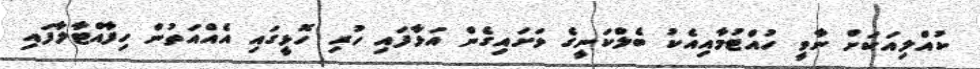
ކުއްލިއަކަށް ނާވީ ހުއްޓުމާއިއެކު ބެލްކަނީގެ ވަށައިގެން އަޅާފައި ހުރި ހޮޅީގައި އެއްއަތުން ހިފާއްޓާލާފައި